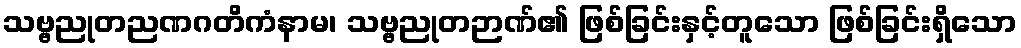
သဗ္ဗညုတညဏဂတိကံနာမ၊ သဗ္ဗညုတဉာဏ်၏ ဖြစ်ခြင်းနှင့်တူသော ဖြစ်ခြင်းရှိသော